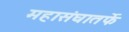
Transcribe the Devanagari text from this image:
महासंघातर्फे